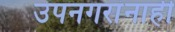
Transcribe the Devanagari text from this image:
उपनगरांनाही